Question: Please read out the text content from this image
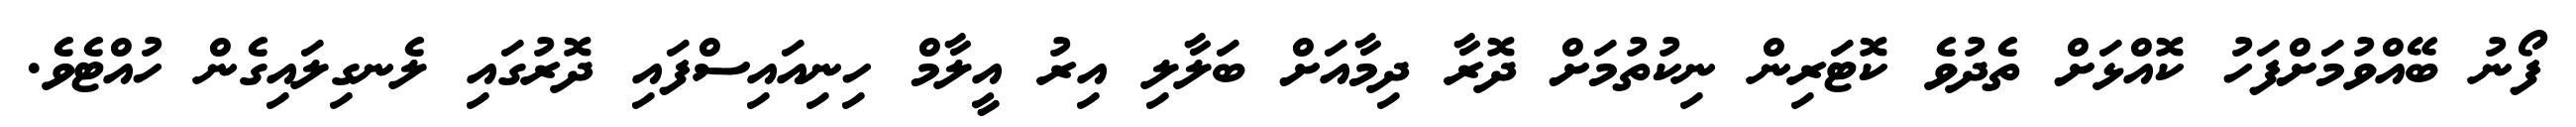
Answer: ފޯނު ބޭއްވުމަށްފަހު ކޮއްޅަށް ތެދުވެ ކޮޓަރިން ނިކުތުމަށް ދޮރާ ދިމާއަށް ބަލާލި އިރު އީލާމް ހިނިއައިސްފައި ދޮރުގައި ލެނގިލައިގެން ހުއްޓެވެ.